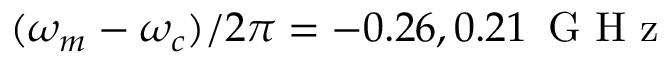
( \omega _ { m } - \omega _ { c } ) / 2 \pi = - 0 . 2 6 , 0 . 2 1 \, \textrm { G H z }